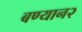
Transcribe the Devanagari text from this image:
बण्यान२